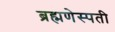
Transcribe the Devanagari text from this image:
ब्रह्मणेस्पती